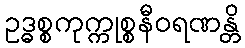
ဥဒ္ဓစ္စကုက္ကုစ္စနီဝရဏန္တိ